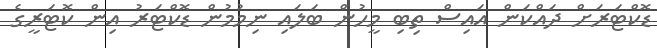
ޑޮކްޓަރަށް ދައްކަން އައިސް ތިބި މީހުން ބަލައި ނިމުމުން ޑޮކްޓަރު އިން ކޮޓަރީގެ